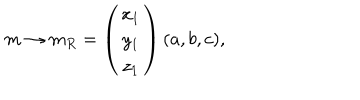
m \rightarrow m _ { R } = \left( \begin{array} { c } { { x _ { 1 } } } \\ { { y _ { 1 } } } \\ { { z _ { 1 } } } \\ \end{array} \right) ( a , b , c ) ,